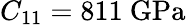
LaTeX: C_{11}=811~\mathrm{GPa}